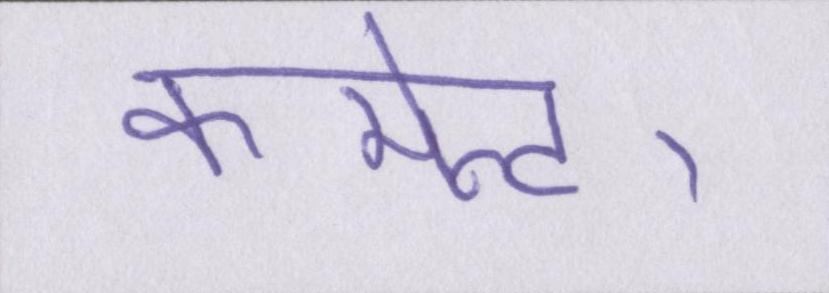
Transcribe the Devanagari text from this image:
कमेन्ट।